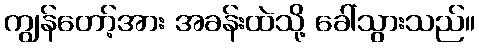
ကျွန်တော့်အား အခန်းထဲသို့ ခေါ်သွားသည်။